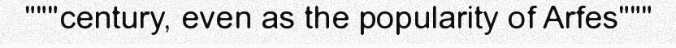
"""century, even as the popularity of Arfes"""